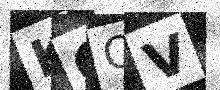
Text: KCQV